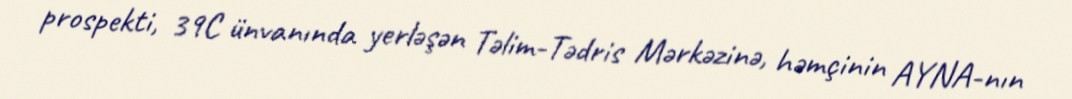
prospekti, 39C ünvanında yerləşən Təlim-Tədris Mərkəzinə, həmçinin AYNA-nın